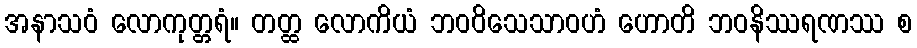
အနာသဝံ လောကုတ္တရံ။ တတ္ထ လောကိယံ ဘဝဝိသေသာဝဟံ ဟောတိ ဘဝနိဿရဏဿ စ